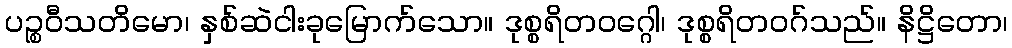
ပဉ္စဝီသတိမော၊ နှစ်ဆဲငါးခုမြောက်သော။ ဒုစ္စရိတဝဂ္ဂေါ၊ ဒုစ္စရိတဝဂ်သည်။ နိဋ္ဌိတော၊